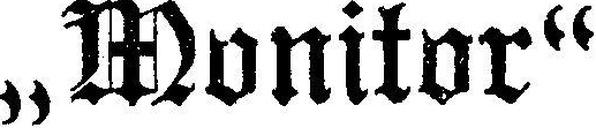
„Monitor“